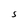
Character: S